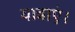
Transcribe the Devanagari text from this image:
यात्राएं।